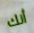
أنك